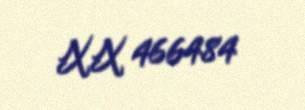
XX 466484